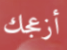
أزعجك